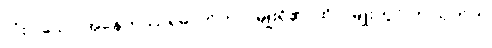
လုံးပါသော အနေကဿရဓာတ်ဟု ၂ မျိုးရှိ၏၊ ထို ၂ မျိုးတွင် ဤသုတ်က